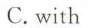
C.with